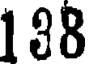
138